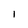
Character: 1